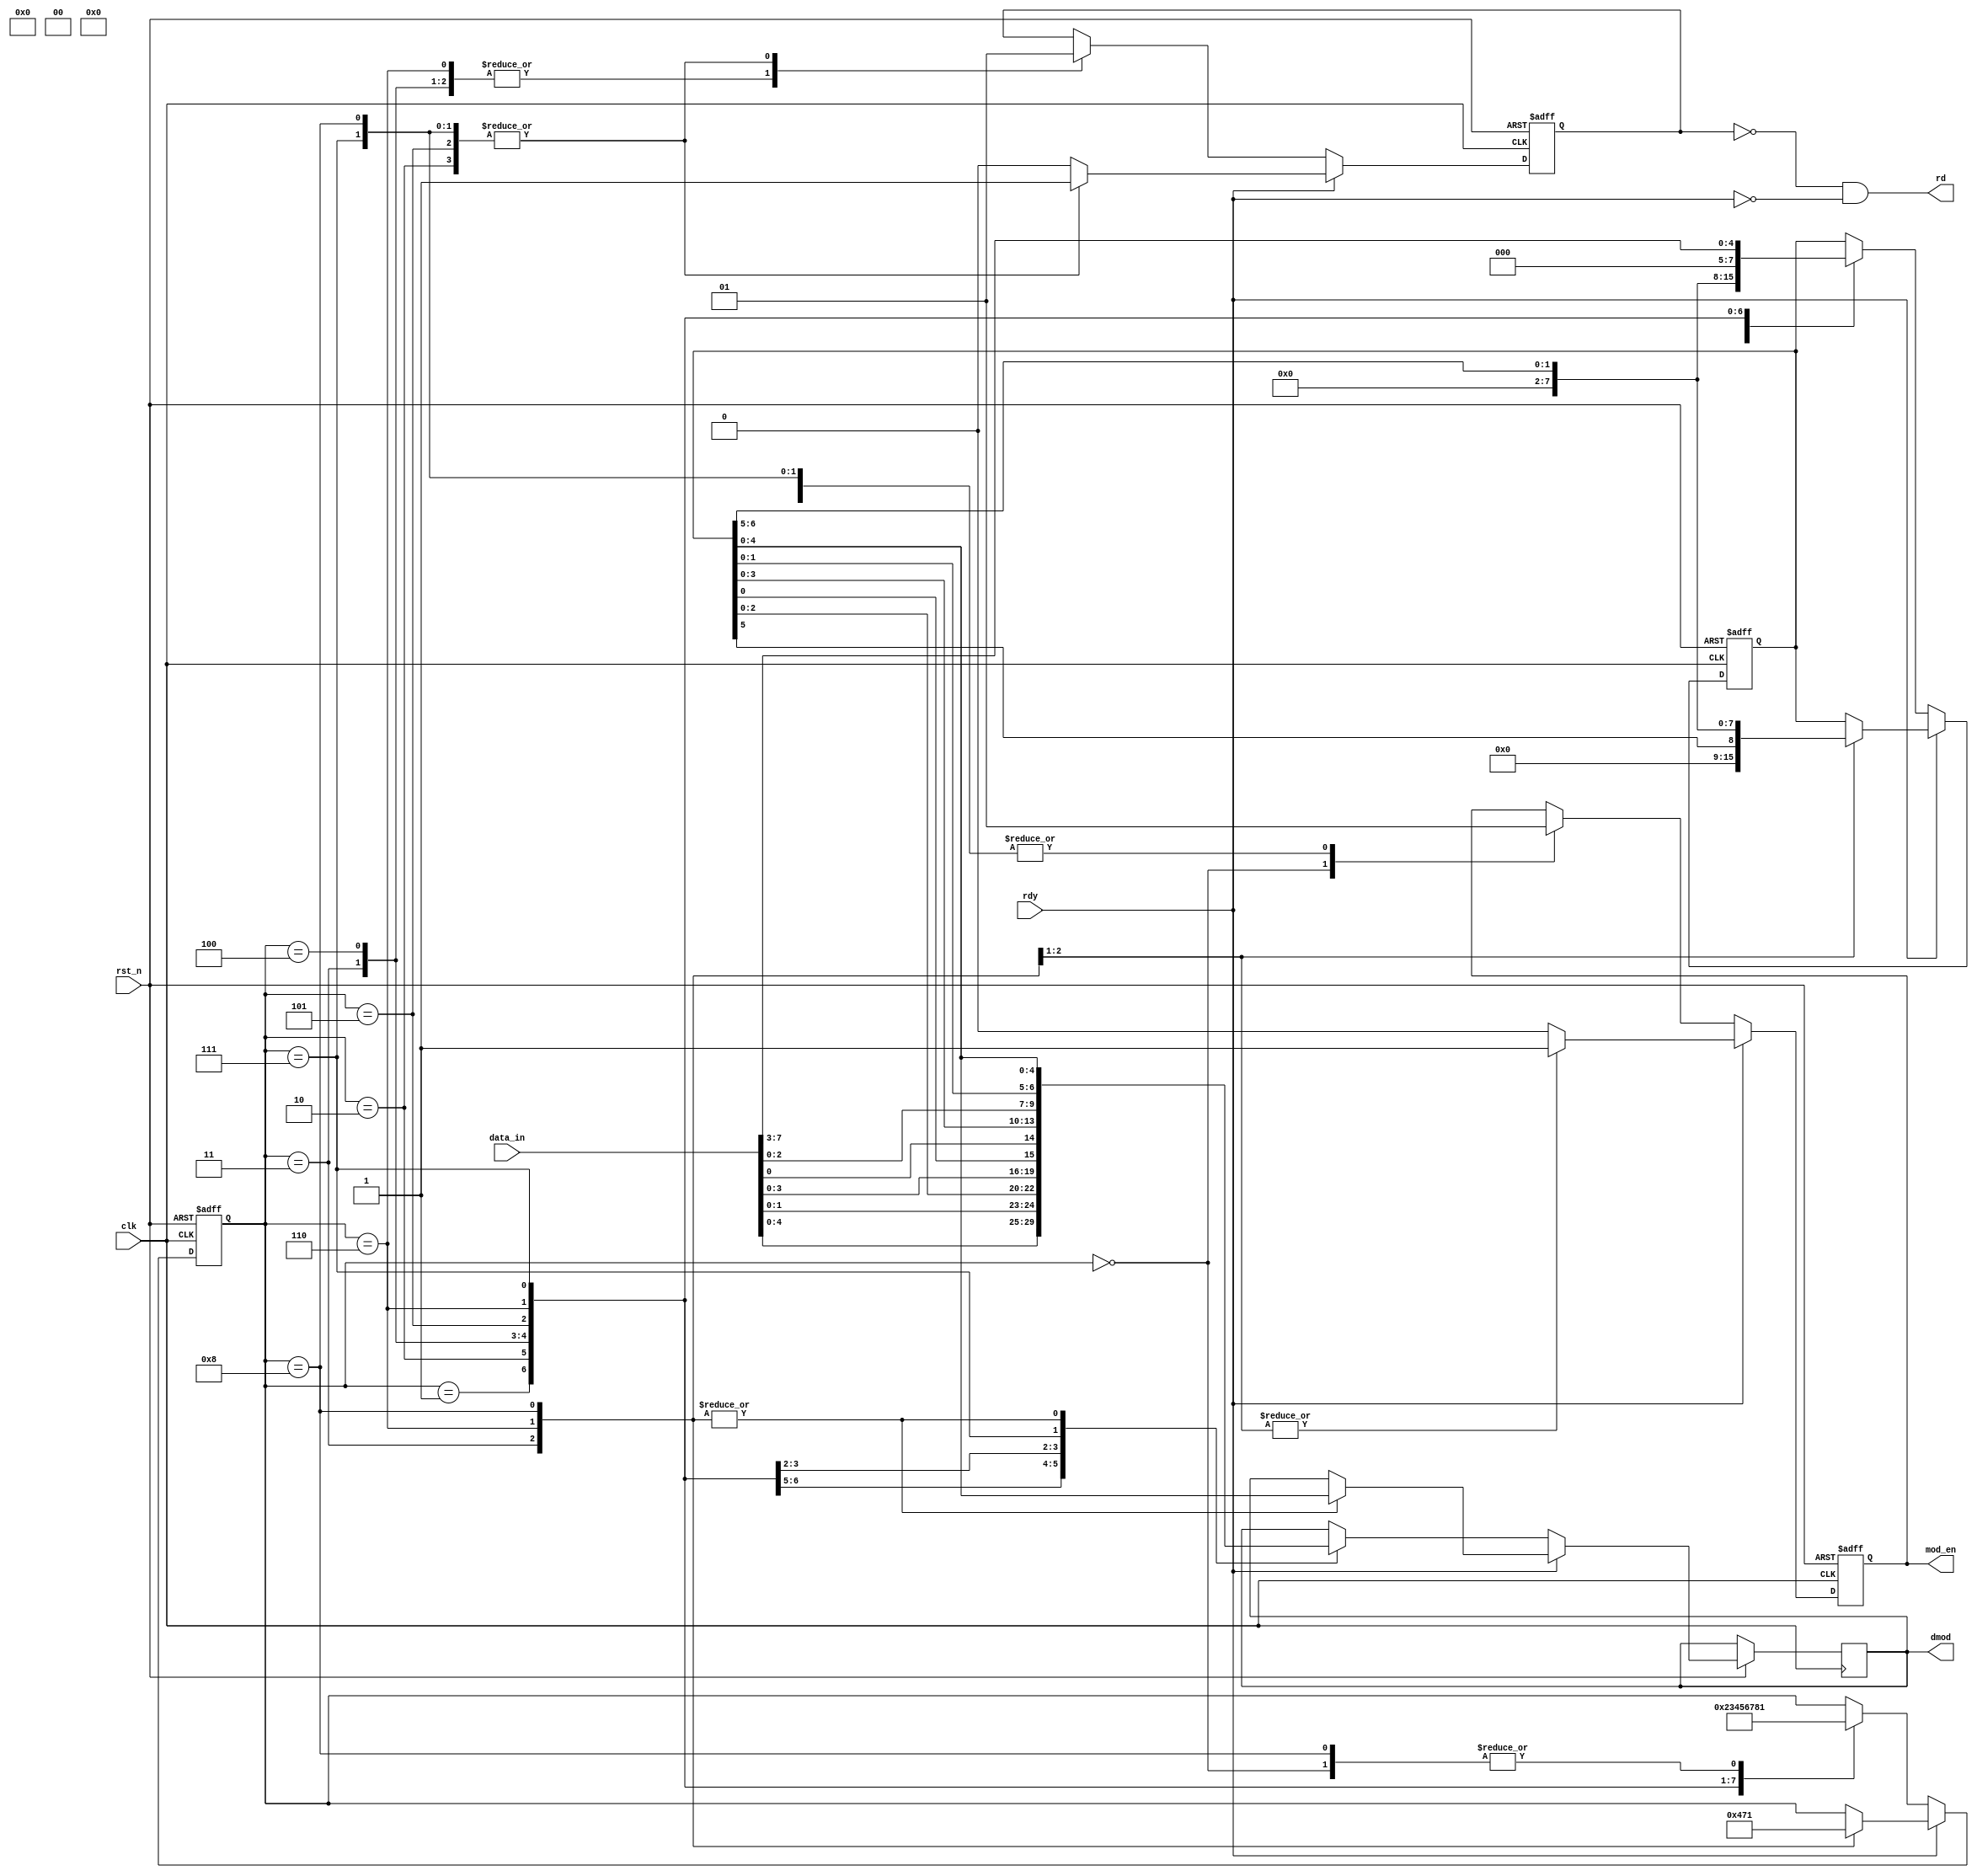
`timescale 1ns/1ps
module mod(
	input 	wire[7 : 0]	data_in,
	input	wire		clk,
						rst_n,
						rdy,
	output	reg	[4 : 0]	dmod,
	output	wire		rd,
						mod_en
	);


	reg     [3 : 0] state;
    reg     [7 : 0] buffer;
	reg 	[7 : 0] temp;
	reg 			flag;
	reg 			m_en;
    
    parameter   s_0		= 4'b0000,
				s_3_5  	= 4'b0001,
                s_1_5_2 = 4'b0010,
				s_1_5	= 4'b0011,
                s_4_4   = 4'b0100,
                s_2_5_1 = 4'b0101,
				s_2_5	= 4'b0110,
                s_5_3   = 4'b0111,
				s_5 	= 4'b1000; 

	always @(posedge clk, negedge rst_n)
		if(!rst_n) begin
			state 	<= 0;
			buffer 	<= 0;
			temp 	<= 0;
			flag 	<= 0;
			m_en	<= 0;
		end
		else 
			if(!rdy)
				case(state)
					s_0: begin
						buffer 	= 0;
						temp 	= 0;
						flag 	= 0;
						m_en	= 0;
						state	= s_3_5;
					end
					s_3_5:	begin
						buffer 	= data_in;
						dmod	= buffer[4 : 0];
						temp	= buffer[7 : 5];
						flag	= 0;
						m_en	= 1;
						state	= s_1_5_2;
					end
					s_1_5_2: begin
						buffer	= data_in;
						dmod	= {buffer[1 : 0], temp[2 : 0]};
						temp	= buffer[7 : 2];
						flag	= 1;
						m_en	= 1;
						state	= s_1_5;
					end
					s_1_5:	begin
						dmod	= temp[4 : 0];
						temp	= temp[5];
						flag	= 0;
						m_en	= 1;
						state	= s_4_4;
					end
					s_4_4: begin
						buffer	= data_in;
						dmod	= {buffer[3 : 0], temp[0]};
						temp	= buffer[7 : 4];
						flag	= 0;
						m_en	= 1;
						state	= s_2_5_1;
					end
					s_2_5_1: begin
						buffer	= data_in;
						dmod	= {buffer[0], temp[3 : 0]};
						temp	= buffer[7 : 1];
						flag	= 1;
						m_en	= 1;
						state	= s_2_5;
					end
					s_2_5: begin
						dmod	= temp[4 : 0];
						temp	= temp[6 : 5];
						flag	= 0;
						m_en	= 1;
						state	= s_5_3;
					end
					s_5_3: begin
						buffer	= data_in;
						dmod	= {buffer[2 : 0], temp[1 : 0]};
						temp	= buffer[7 : 3];
						flag	= 1;
						m_en	= 1;
						state	= s_5;
					end
					s_5: begin
						dmod	= temp[4 : 0];
						m_en	= 1;
						flag	= 1;
						state	= s_3_5;
					end
				endcase
			else
				case(state)
					s_1_5: begin
						dmod	= temp[4 : 0];
						temp	= temp[5];
						flag	= 0;
						m_en	= 1;
						state	= s_4_4;
					end
					s_2_5: begin
						dmod	= temp[4 : 0];
						temp	= temp[6 : 5];
						flag	= 0;
						m_en	= 1;
						state	= s_5_3;
					end
					s_5: begin
						dmod	= temp[4 : 0];
						m_en	= 0;
						flag	= 1;
						state	= s_3_5;
					end
					s_1_5_2: begin
						flag	= 1;
						m_en	= 0;
					end
					s_2_5_1: begin
						flag	= 1;
						m_en	= 0;
					end
					s_5_3: begin
						flag	= 1;
						m_en	= 0;
					end
					default: begin
						m_en	= 0;
						flag	= 0;
					end
				endcase
	
	assign	mod_en = m_en;

	assign	rd	= !flag & !rdy;

endmodule
// `timescale 1ns/1ps
// module mod(
// 	input 	wire	[7 : 0]	data_in,
// 	input	wire		clk,
// 				rst_n,
// 				rdy,
// 	output	reg	[4 : 0]	dmod,
// 	output	reg		rd,
// 				mod_en
// 	);

// 	reg	[22 : 0]	buffer,
// 				count;

// 	always @(posedge clk)
// 	begin
// 		if(!rst_n) begin
// 			buffer <= 0;
// 			count <= 0;
// 		end
// 	end

// 	always @(posedge clk)
// 	begin
// 		if(!rdy) begin
// 			if(!count) begin
// 				buffer = data_in;
// 				count = count + 8;
// 			end
// 			else begin
// 				buffer = buffer + data_in<<count; 
// 				count = count + 8;
// 			end
// 		end 
// 	end

// 	always @(posedge clk)
// 	begin
// 		if(count >=5) begin
// 			dmod = buffer[4 : 0];
// 			buffer = buffer>>5;
// 			mod_en = 1;
// 			count = count - 5;
// 		end
// 		else begin
// 			dmod <= 0;
// 			mod_en <= 0;
// 		end
// 	end

	
// 	always @(posedge clk)
// 	begin
// 		rd <= !rdy;
// 	end
		

// endmodule